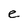
Character: e